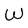
Character: W